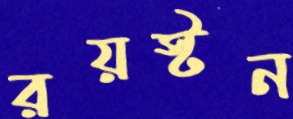
রয়স্টন